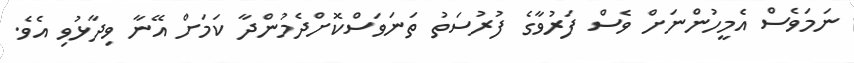
ނަމަވެސް އެމީހުންނަށް ވެސް ފަރުވާގެ ފުރުސަތު ތަނަވަސްކޮށްދެމުންދާ ކަމަށް އޭނާ ވިދާޅުވި އެވެ.